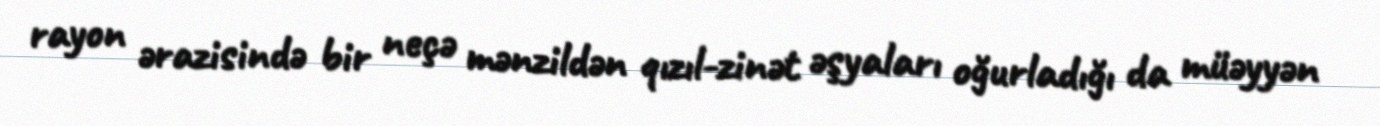
rayon ərazisində bir neçə mənzildən qızıl-zinət əşyaları oğurladığı da müəyyən